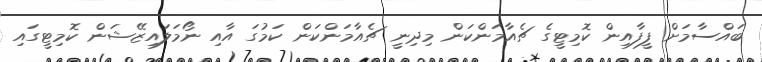
ބައްސާމަށް ފީފާއިން ކޮމިޓީގެ ޗެއާމަންކަން މިދިނީ ޗެއާމަންކަން ކަމުގަ އާއި ނޯމަލައިޒޭޝަން ކޮމިޓީގައި